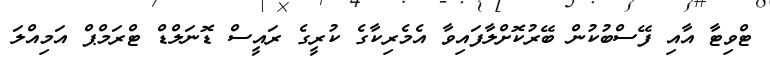
ޓްވިޓާ އާއި ފޭސްބުކުން ބޭރުކޮށްލާފައިވާ އެމެރިކާގެ ކުރީގެ ރައީސް ޑޮނަލްޑް ޓްރަމްޕް އަމިއްލަ